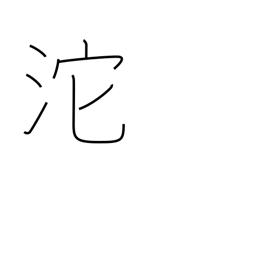
Meaning: flowing of tears